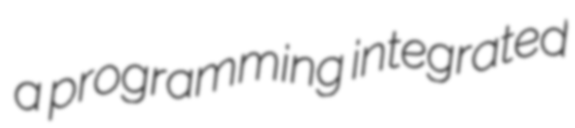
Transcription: a programming integrated